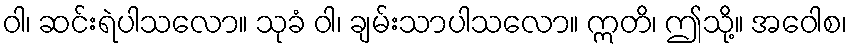
ဝါ၊ ဆင်းရဲပါသလော။ သုခံ ဝါ၊ ချမ်းသာပါသလော။ ဣတိ၊ ဤသို့။ အဝေါစ၊